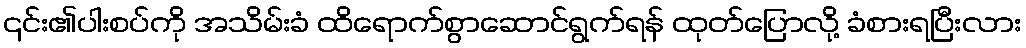
၎င်း၏ပါးစပ်ကို အသိမ်းခံ ထိရောက်စွာဆောင်ရွက်ရန် ထုတ်ပြောလို့ ခံစားရပြီးလား